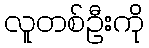
လူတစ်ဦးကို